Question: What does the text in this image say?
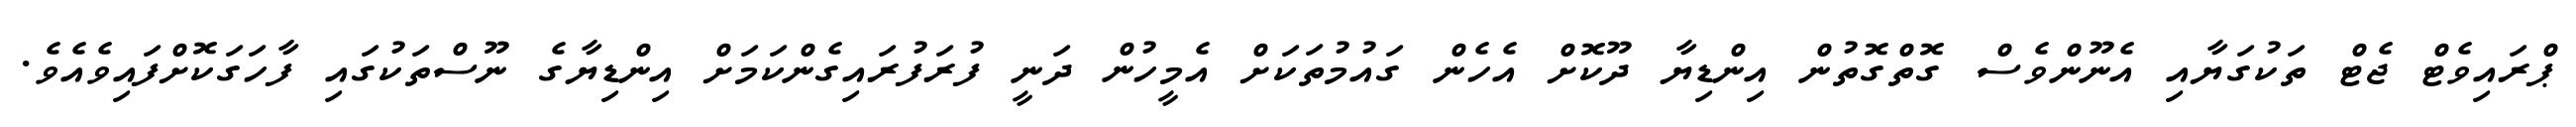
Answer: ޕްރައިވެޓް ޖެޓް ތަކުގަޔާއި އެނޫންވެސް ގޮތްގޮތުން އިންޑިޔާ ދޫކޮށް އެހެން ގައުމުތަކަށް އެމީހުން ދަނީ ފުރަފުރައިގެންކަމަށް އިންޑިޔާގެ ނޫސްތަކުގައި ފާހަގަކޮށްފައިވެއެވެ.